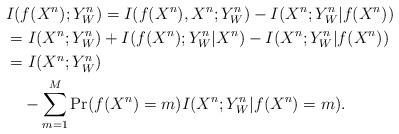
LaTeX: \begin{align*}&I(f(X^n);Y_W^n)=I(f(X^n),X^n;Y_W^n)-I(X^n;Y_W^n|f(X^n))\\&=I(X^n;Y_W^n)+I(f(X^n);Y_W^n|X^n)-I(X^n;Y_W^n|f(X^n))\\&=I(X^n;Y_W^n)\\&\ \ \ -\sum_{m=1}^M \Pr(f(X^n)=m)I(X^n;Y_W^n|f(X^n)=m).\end{align*}